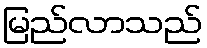
မြည်လာသည်